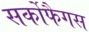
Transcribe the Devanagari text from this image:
सर्कोफैगस